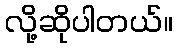
လို့ဆိုပါတယ်။